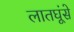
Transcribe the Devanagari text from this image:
लातघूंसे